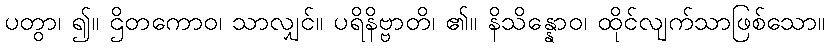
ပတွာ၊ ၍။ ဌိတကောဝ၊ သာလျှင်။ ပရိနိဗ္ဗာတိ၊ ၏။ နိသိန္နောဝ၊ ထိုင်လျက်သာဖြစ်သော။